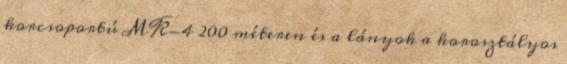
korcsoportú MK-4 200 méteren és a lányok a korosztályos